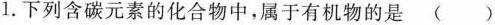
1.下列含碳元素的化合物中，属于有机物的是 ()